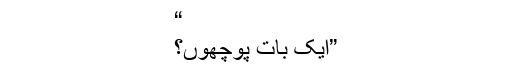
“
”ایک بات پوچھوں؟